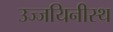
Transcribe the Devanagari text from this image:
उज्जयिनीस्थ